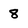
Character: 8